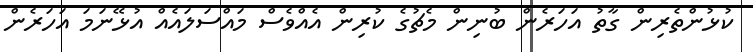
ކުޅުންތެރިން ގާތު އަހަރެން ބުނިން މެޗުގެ ކުރިން އެއްވެސް މައްސަލައެއް އުޅޭނަމަ އަހަރެން